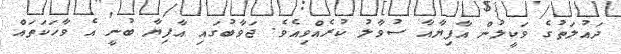
ދައުލަތުގެ ވަކީލުން އާފިޔާއާ ސުވާލު ކުރެއްވިއެވެ. ޖަވާބުގައި އާފިޔާ ބުނީ އެ ވާހަކަތައް